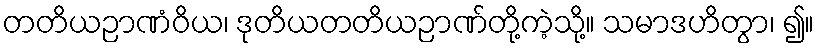
တတိယဉာဏံဝိယ၊ ဒုတိယတတိယဉာဏ်တို့ကဲ့သို့။ သမာဒဟိတွာ၊ ၍။